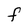
Character: F